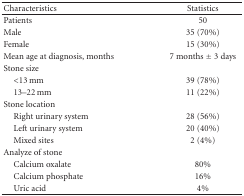
<table><thead><tr><td><b>Characteristics</b></td><td><b>Statistics</b></td></tr></thead><tbody><tr><td>Patients</td><td>50</td></tr><tr><td>Male</td><td>35 (70%)</td></tr><tr><td>Female</td><td>15 (30%)</td></tr><tr><td>Mean age at diagnosis, months</td><td>7 months ± 3 days</td></tr><tr><td>Stone size</td><td></td></tr><tr><td> &lt;13 mm</td><td>39 (78%)</td></tr><tr><td> 13–22 mm</td><td>11 (22%)</td></tr><tr><td>Stone location</td><td></td></tr><tr><td> Right urinary system</td><td>28 (56%)</td></tr><tr><td> Left urinary system</td><td>20 (40%)</td></tr><tr><td> Mixed sites</td><td>2 (4%)</td></tr><tr><td>Analyze of stone</td><td></td></tr><tr><td> Calcium oxalate</td><td>80%</td></tr><tr><td> Calcium phosphate</td><td>16%</td></tr><tr><td> Uric acid</td><td>4%</td></tr></tbody></table>